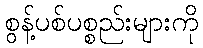
စွန့်ပစ်ပစ္စည်းများကို